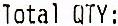
TOTAL QTY: